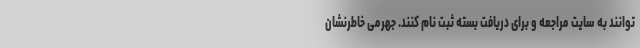
‌توانند به سایت مراجعه و برای دریافت بسته ثبت نام کنند. جهرمی خاطرنشان